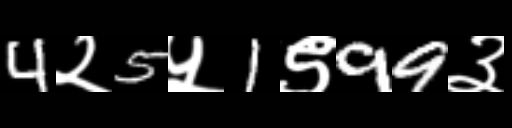
Text: 4२5५1९99३